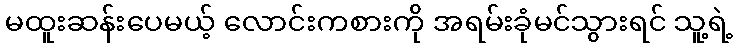
မထူးဆန်းပေမယ့် လောင်းကစားကို အရမ်းခုံမင်သွားရင် သူ့ရဲ့